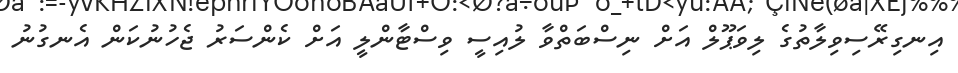
އިނގިރޭސިވިލާތުގެ ލިވަޕޫލް އަށް ނިސްބަތްވާ ލުއިސީ ވިސްޓާންލީ އަށް ކެންސަރު ޖެހުނުކަން އެނގުނު